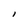
Character: l